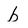
Character: b